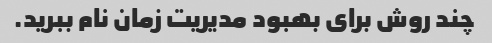
چند روش برای بهبود مدیریت زمان نام ببرید.